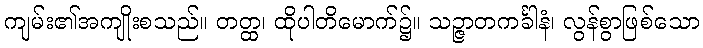
ကျမ်း၏အကျိုးစသည်။ တတ္ထ၊ ထိုပါတိမောက်၌။ သဉ္ဇာတကင်္ခါနံ၊ လွန်စွာဖြစ်သော